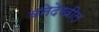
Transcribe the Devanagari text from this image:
वनेदेखील